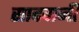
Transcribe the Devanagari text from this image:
सादवानी